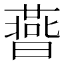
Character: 𣋅